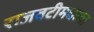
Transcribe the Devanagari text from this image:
राजवटीमधल्या